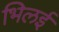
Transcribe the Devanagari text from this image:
भिलई